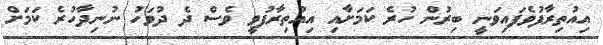
އިއުތިރާފުވެފައިވަނީ ބިރުން ހުރެ ކަމަށާއި އިއުތިރާފުވީ ވެސް ދެ ދުވަހު ނުނިދާހުރެ ކަމަށް